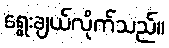
ရွေးချယ်လိုက်သည်။